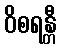
ဝိစရန္တီ